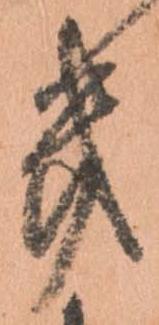
き